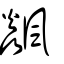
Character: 飊